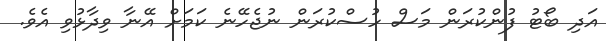
އަދި ބޯޓު ފުންކުރަން މަސް ހުސްކުރަން ނުޖެހޭނެ ކަމަށް އޭނާ ވިދާޅުވި އެވެ.